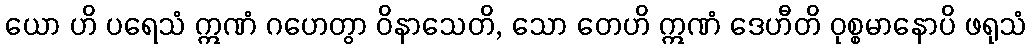
ယော ဟိ ပရေသံ ဣဏံ ဂဟေတွာ ဝိနာသေတိ, သော တေဟိ ဣဏံ ဒေဟီတိ ဝုစ္စမာနောပိ ဖရုသံ